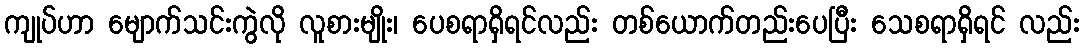
ကျုပ်ဟာ မျောက်သင်းကွဲလို လူစားမျိုး၊ ပေစရာရှိရင်လည်း တစ်ယောက်တည်းပေပြီး သေစရာရှိရင် လည်း